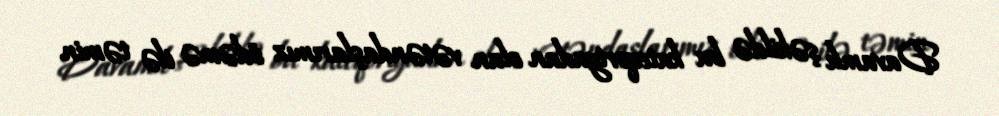
Davamlı şəkildə bu kateqoriyadan olan vətəndaşlarımız ödəmə ilə təmin